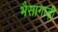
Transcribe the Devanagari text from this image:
भैसागाड़ी